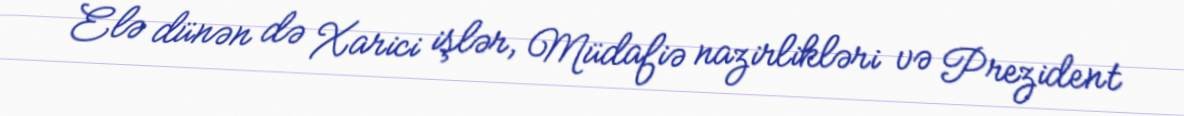
Elə dünən də Xarici işlər, Müdafiə nazirlikləri və Prezident